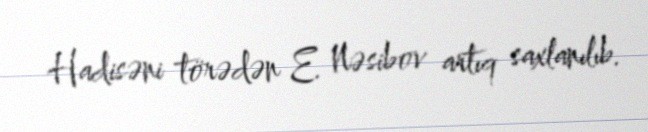
Hadisəni törədən E. Nəsibov artıq saxlanılıb.